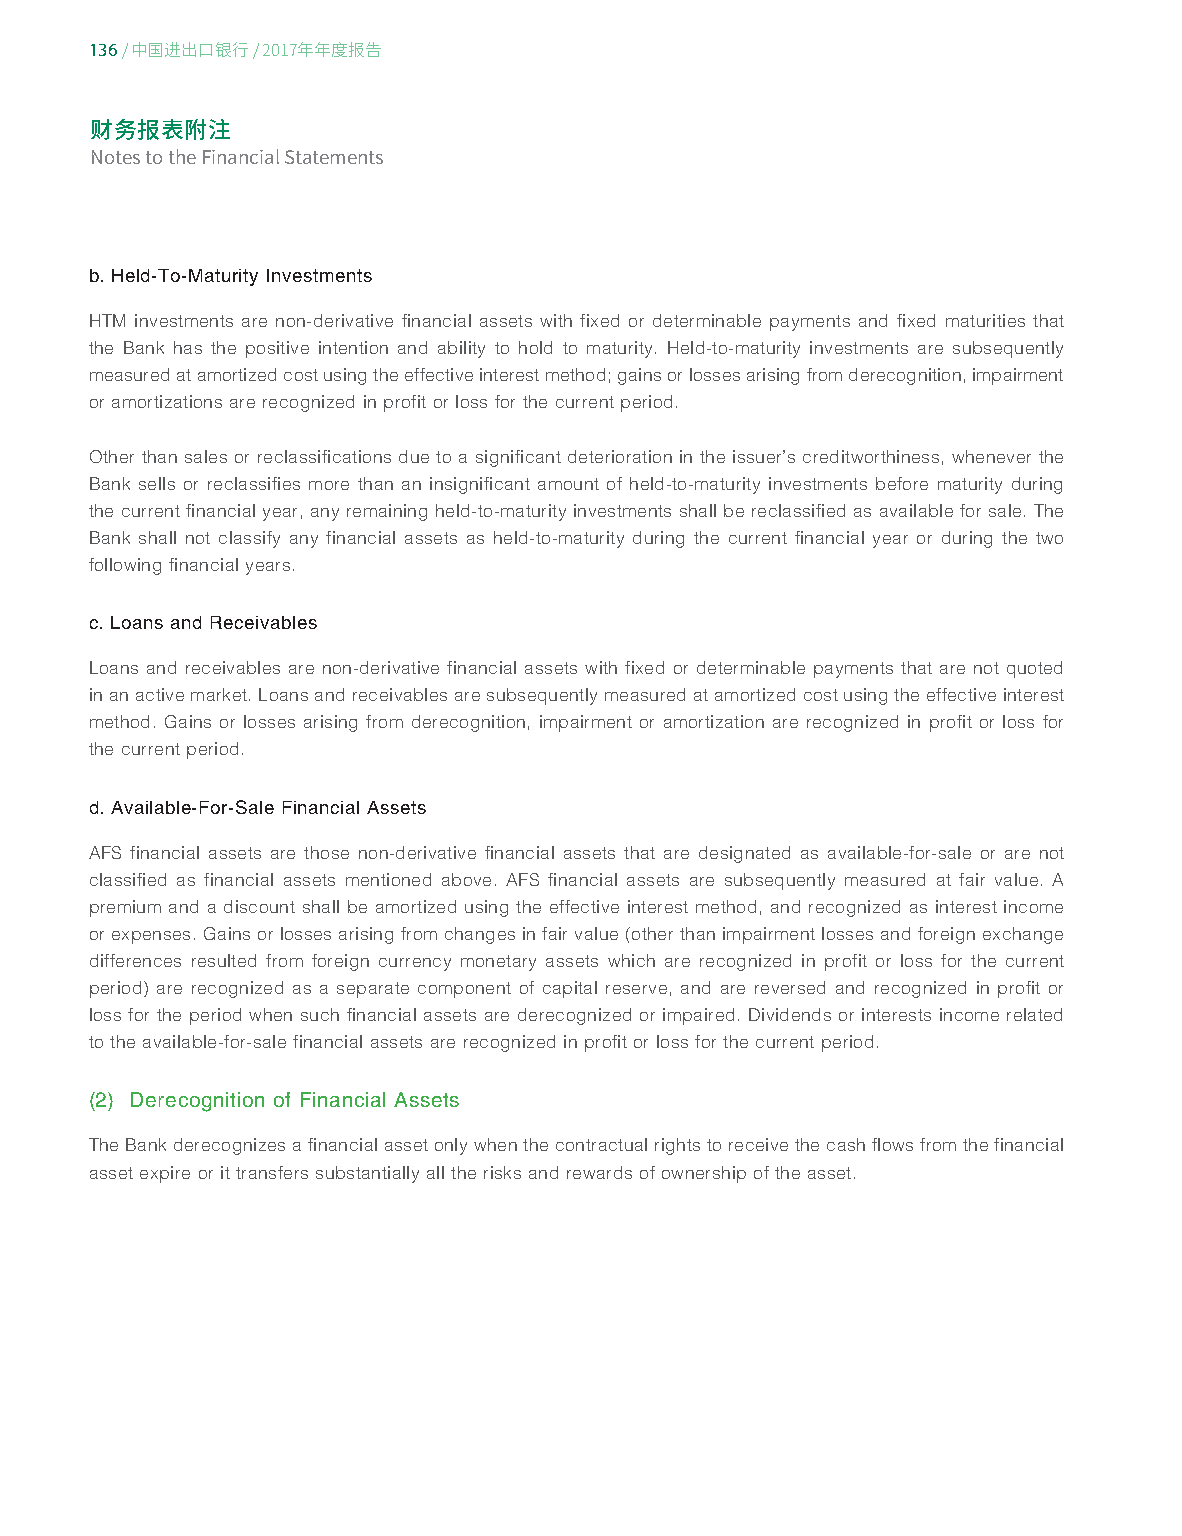
136
 / 中国进出口银行/ 2017年年度报告
 财务报表附注
 Notes to the Financial Statements
 b. Held-To-Maturity Investments
 HTM investments are non-derivative financial assets with fixed or determinable payments and fixed maturities that
 the Bank has the positive intention and ability to hold to maturity. Held-to-maturity investments are subsequently
 measured at amortized cost using the effective interest method; gains or losses arising from derecognition, impairment
 or amortizations are recognized in profit or loss for the current period.
 Other than sales or reclassifications due to a significant deterioration in the issuer’s creditworthiness, whenever the
 Bank sells or reclassifies more than an insignificant amount of held-to-maturity investments before maturity during
 the current financial year, any remaining held-to-maturity investments shall be reclassified as available for sale. The
 Bank shall not classify any financial assets as held-to-maturity during the current financial year or during the two
 following financial years.
 c. Loans and Receivables
 Loans and receivables are non-derivative financial assets with fixed or determinable payments that are not quoted
 in an active market. Loans and receivables are subsequently measured at amortized cost using the effective interest
 method. Gains or losses arising from derecognition, impairment or amortization are recognized in profit or loss for
 the current period.
 d. Available-For-Sale Financial Assets
 AFS financial assets are those non-derivative financial assets that are designated as available-for-sale or are not
 classified as financial assets mentioned above. AFS financial assets are subsequently measured at fair value. A
 premium and a discount shall be amortized using the effective interest method, and recognized as interest income
 or expenses. Gains or losses arising from changes in fair value (other than impairment losses and foreign exchange
 differences resulted from foreign currency monetary assets which are recognized in profit or loss for the current
 period) are recognized as a separate component of capital reserve, and are reversed and recognized in profit or
 loss for the period when such financial assets are derecognized or impaired. Dividends or interests income related
 to the available-for-sale financial assets are recognized in profit or loss for the current period.
 (2) Derecognition of Financial Assets
 The Bank derecognizes a financial asset only when the contractual rights to receive the cash flows from the financial
 asset expire or it transfers substantially all the risks and rewards of ownership of the asset.